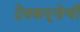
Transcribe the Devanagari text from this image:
देवकपूजेची